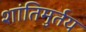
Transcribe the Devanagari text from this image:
शांतिमुर्तय